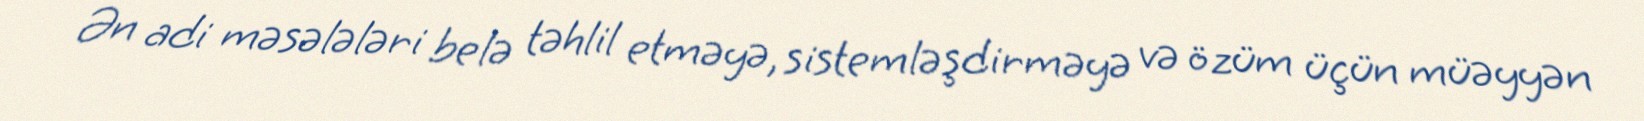
Ən adi məsələləri belə təhlil etməyə, sistemləşdirməyə və özüm üçün müəyyən